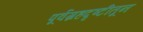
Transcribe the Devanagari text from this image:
पूर्वग्रहदृष्टीतून